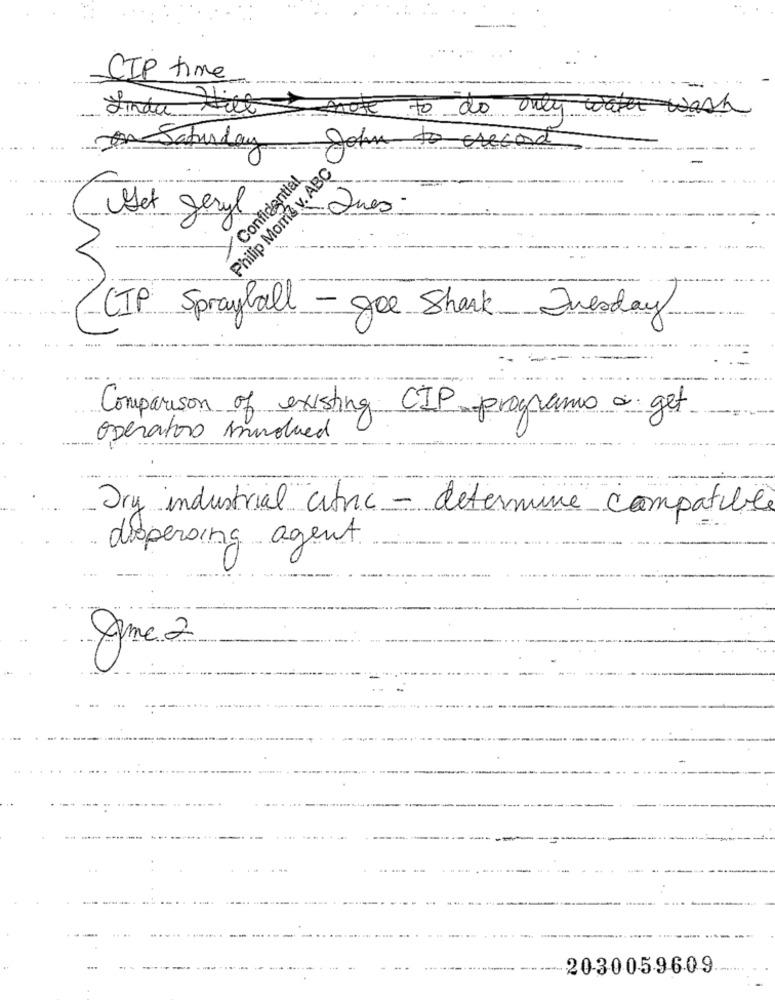
CIP time
Linda
note to do only water wash
Philip Morris v. ABC 08
Saturday
John to as
Confidential
Jues-
Get geryl
CIP Sprayfall - gee Shark __ Inesday
Comparison of existing CIP programo a get.
operators sundhed
Dry industrial citric - determine compatible
dispersing agent
ame 2
2030059609